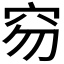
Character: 𥤽